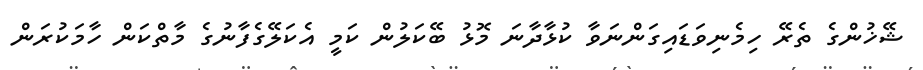
ޝޭޚުންގެ ތެރޭ ހިމެނިވަޑައިގަންނަވާ ކުޅާދާނަ މޮޅު ބޭކަލުން ކަމީ އެކަލޭގެފާނުގެ މާތްކަން ހާމަކުރަން